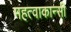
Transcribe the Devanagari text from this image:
महत्वाकान्सी